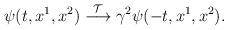
LaTeX: \begin{align*}\psi(t, x^1, x^2)\stackrel{{\cal T}}{\longrightarrow}\gamma^2\psi(-t,x^1, x^2).\end{align*}